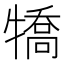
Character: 犞